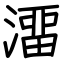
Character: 澑